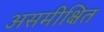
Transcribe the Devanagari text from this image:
असमीक्षित